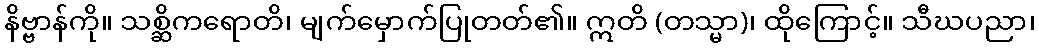
နိဗ္ဗာန်ကို။ သစ္ဆိကရောတိ၊ မျက်မှောက်ပြုတတ်၏။ ဣတိ (တသ္မာ)၊ ထိုကြောင့်။ သီဃပညာ၊